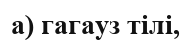
а) гагауз тілі,